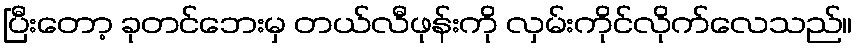
ပြီးတော့ ခုတင်ဘေးမှ တယ်လီဖုန်းကို လှမ်းကိုင်လိုက်လေသည်။